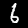
Digit: 6